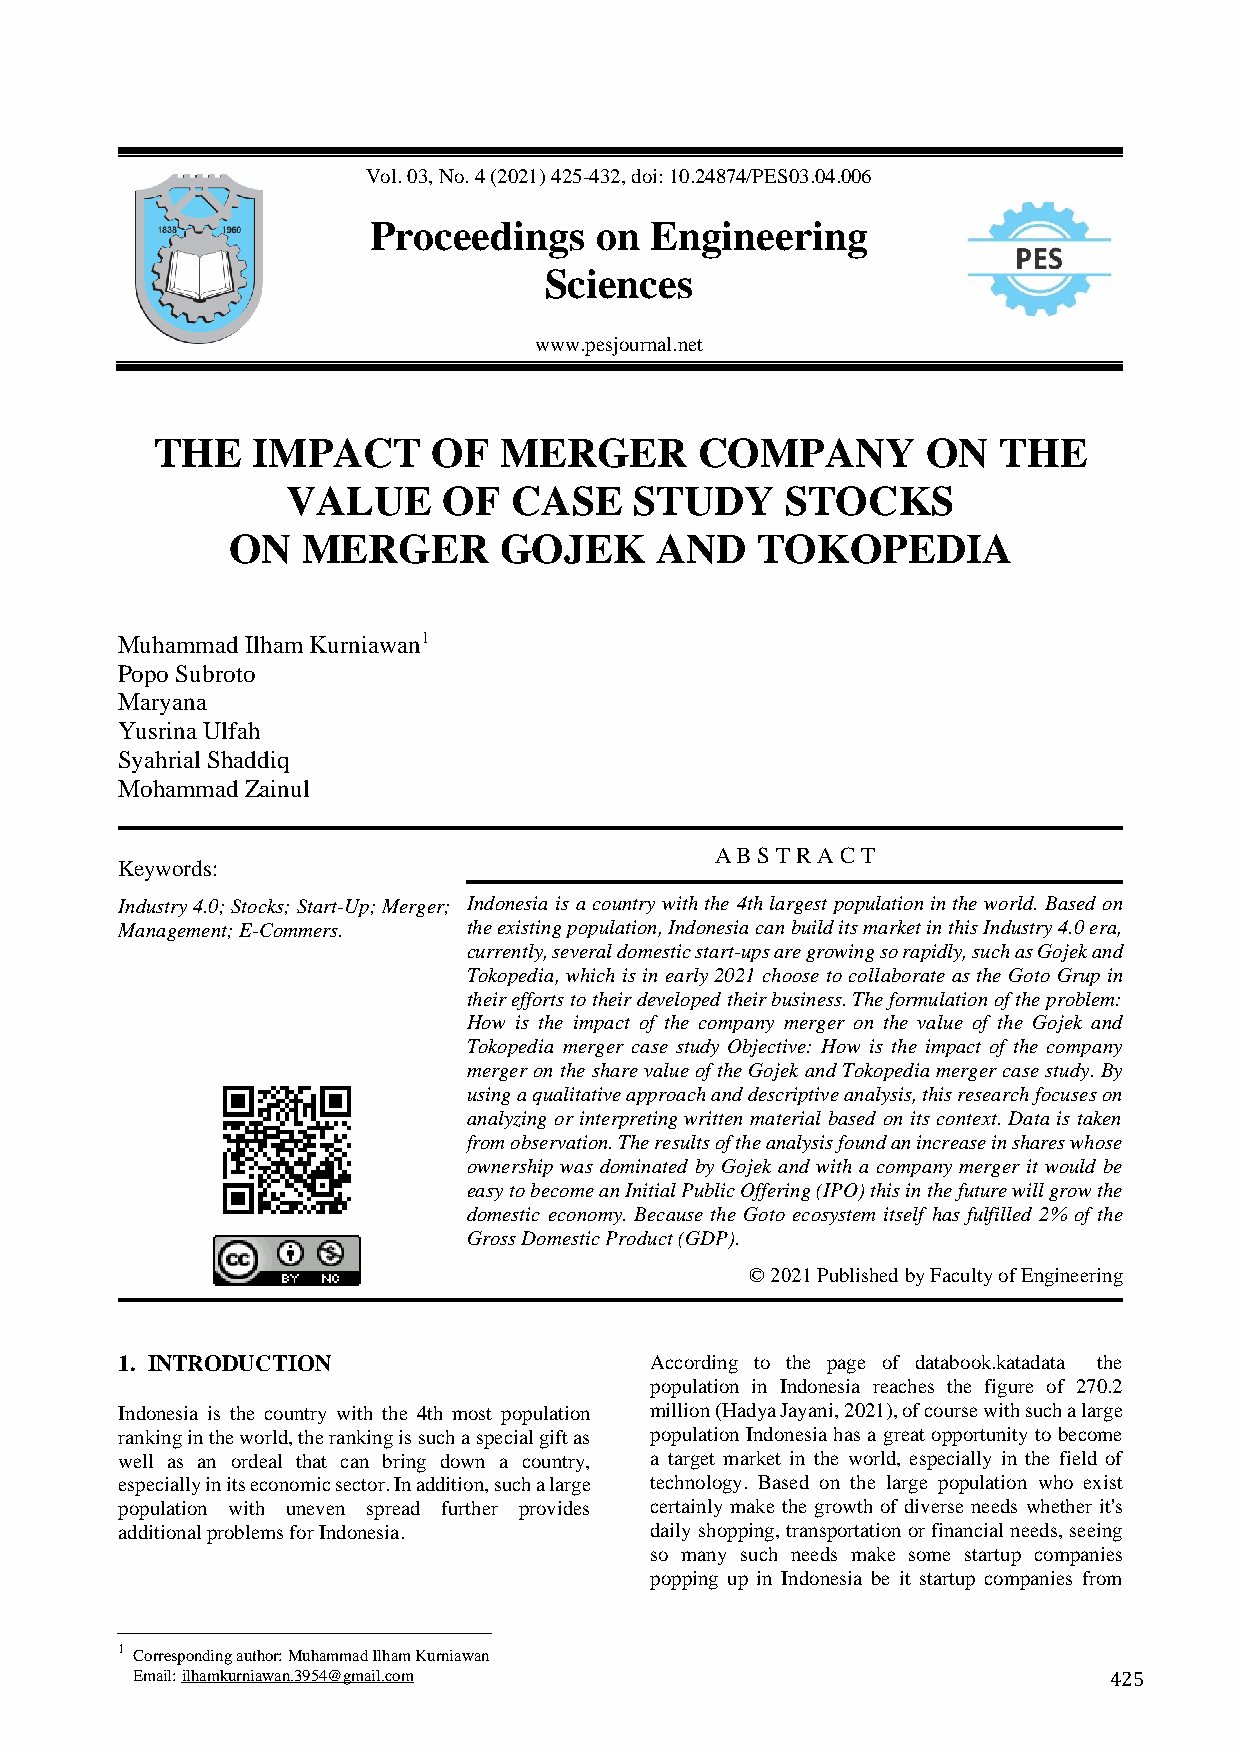
Vol. 03, No. 4 (2021) 425-432, doi: 10.24874/PES03.04.006
 Proceedings    on  Engineering
 Sciences
 www.pesjournal.net
 THE    IMPACT      OF  MERGER       COMPANY        ON   THE
 VALUE     OF   CASE    STUDY     STOCKS
 ON   MERGER       GOJEK     AND    TOKOPEDIA
 Muhammad Ilham Kurniawan1
 Popo Subroto
 Maryana
 Yusrina Ulfah
 Syahrial Shaddiq
 Mohammad Zainul
 A B S T R A C T
 Keywords:
 Industry 4.0; Stocks; Start-Up; Merger; Indonesia is a country with the 4th largest population in the world. Based on
 Management; E-Commers. the existing population, Indonesia can build its market in this Industry 4.0 era,
 currently, several domestic start-ups are growing so rapidly, such as Gojek and
 Tokopedia, which is in early 2021 choose to collaborate as the Goto Grup in
 their efforts to their developed their business. The formulation of the problem:
 How is the impact of the company merger on the value of the Gojek and
 Tokopedia merger case study Objective: How is the impact of the company
 merger on the share value of the Gojek and Tokopedia merger case study. By
 using a qualitative approach and descriptive analysis, this research focuses on
 analyzing or interpreting written material based on its context. Data is taken
 from observation. The results of the analysis found an increase in shares whose
 ownership was dominated by Gojek and with a company merger it would be
 easy to become an Initial Public Offering (IPO) this in the future will grow the
 domestic economy. Because the Goto ecosystem itself has fulfilled 2% of the
 Gross Domestic Product (GDP).
 © 2021 Published by Faculty of Engineeringg
 1. INTRODUCTION                    According to the page of databook.katadata the
 population in Indonesia reaches the figure of 270.2
 Indonesia is the country with the 4th most population million (Hadya Jayani, 2021), of course with such a large
 ranking in the world, the ranking is such a special gift as population Indonesia has a great opportunity to become
 well as an ordeal that can bring down a country, a target market in the world, especially in the field of
 especially in its economic sector. In addition, such a large technology. Based on the large population who exist
 population with uneven spread further provides certainly make the growth of diverse needs whether it's
 additional problems for Indonesia. daily shopping, transportation or financial needs, seeing
 so many such needs make some startup companies
 popping up in Indonesia be it startup companies from
 1 Corresponding author: Muhammad Ilham Kurniawan
 Email: ilhamkurniawan.3954@gmail.com                            425